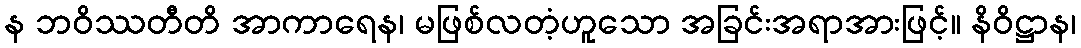
န ဘဝိဿတီတိ အာကာရေန၊ မဖြစ်လတံ့ဟူသော အခြင်းအရာအားဖြင့်။ နိဝိဋ္ဌာန၊